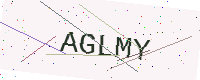
Text: AGLMY